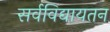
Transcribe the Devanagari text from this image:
सर्वविद्यायतन